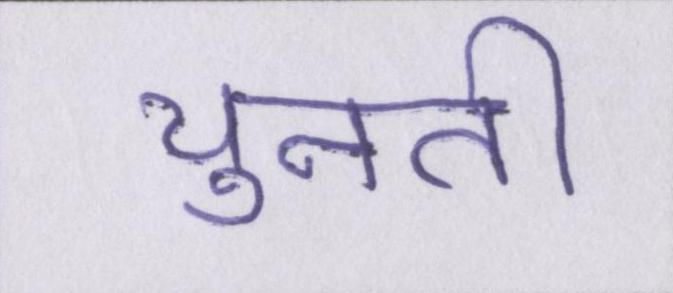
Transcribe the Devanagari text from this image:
चुनती